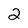
Character: 2